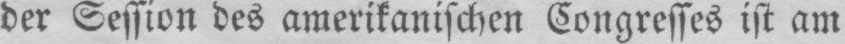
der Session des amerikanischen Congresses ist am